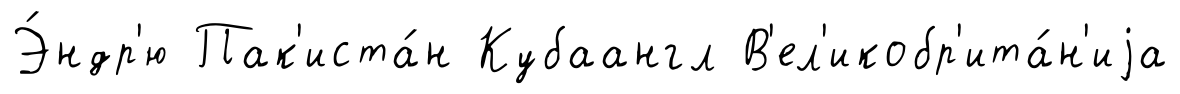
Э́ндр'ю Пак'иста́н Кубаангл В'ел'икобр'ита́н'иjа